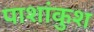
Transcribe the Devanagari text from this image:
पाशांकुश